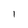
Character: I